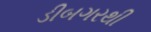
ડીબગરથી